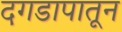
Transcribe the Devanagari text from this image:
दगडापातून